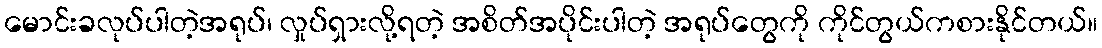
မောင်းခလုပ်ပါတဲ့အရုပ်၊ လှုပ်ရှားလို့ရတဲ့ အစိတ်အပိုင်းပါတဲ့ အရုပ်တွေကို ကိုင်တွယ်ကစားနိုင်တယ်။